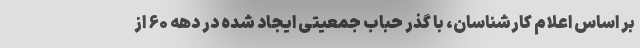
بر اساس اعلام کارشناسان، با گذر حباب جمعیتی ایجاد شده در دهه ۶۰ از